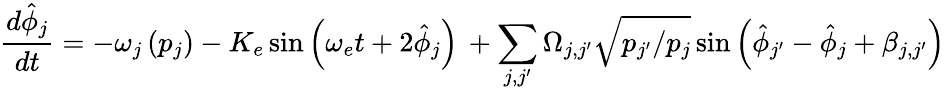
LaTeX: \frac{d\hat{\phi}_{j}}{dt}=-\omega_{j}\left(p_{j}\right)-K_{e}\sin\left(\omega_{e}t+2\hat{\phi}_{j}\right)\, +\sum_{j,j^{\prime}}\Omega_{j,j^{\prime}}\sqrt{p_{j^{\prime}}/p_{j}}\sin\left(\hat{\phi}_{j^{\prime}}-\hat{\phi}_{j}+\beta_{j,j^{\prime}}\right)